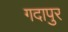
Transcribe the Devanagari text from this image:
गदापुर